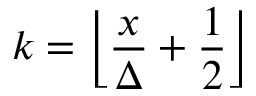
k = \left\lfloor { \frac { x } { \Delta } } + { \frac { 1 } { 2 } } \right\rfloor